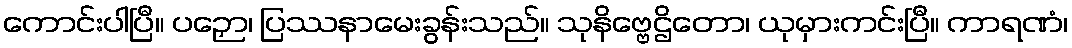
ကောင်းပါပြီ။ ပဉှော၊ ပြဿနာမေးခွန်းသည်။ သုနိဗ္ဗေဌိတော၊ ယုမှားကင်းပြီ။ ကာရဏံ၊